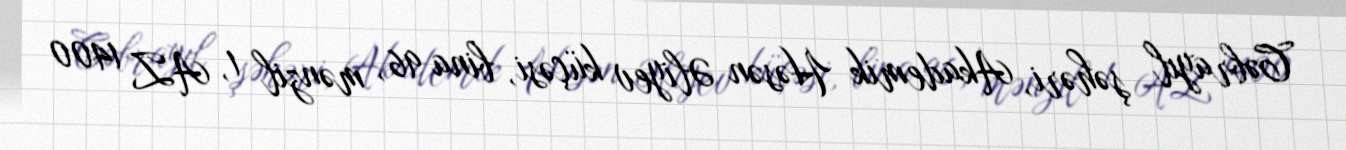
Cəbrayıl şəhəri, Akademik Həsən Əliyev küçəsi, bina 96, mənzil 1, AZ 1400